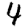
Digit: 4